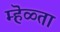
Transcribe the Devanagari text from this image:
म्हॆळ्ता